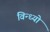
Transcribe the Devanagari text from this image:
विन्ध्यो